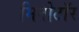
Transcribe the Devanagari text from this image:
मिनोटॉर